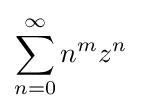
\sum _{n=0}^{\infty }n^{m}z^{n}